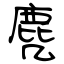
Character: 麂